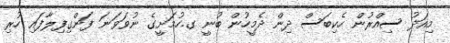
މިއަދު ސިއްރުން ހެކިބަސް ދިން ދެމީހުން ބުނީ ގ.ހުމަށީގެ ނުވަވަނަ ފަންގިފިލާފައި ހުރި